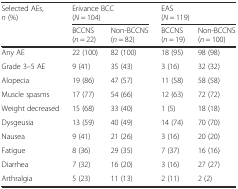
| <ROWSPAN=2> Selected AEs, n (%) | <COLSPAN=2> Erivance BCC(N = 104) | <COLSPAN=2> EAS(N = 119) |
 | BCCNS(n = 22) | Non-BCCNS(n = 82) | BCCNS(n = 19) | Non-BCCNS(n = 100) |
 | --- | --- | --- | --- | --- |
 | Any AE | 22 (100) | 82 (100) | 18 (95) | 98 (98) |
 | Grade 3–5 AE | 9 (41) | 35 (43) | 3 (16) | 32 (32) |
 | Alopecia | 19 (86) | 47 (57) | 11 (58) | 58 (58) |
 | Muscle spasms | 17 (77) | 54 (66) | 12 (63) | 72 (72) |
 | Weight decreased | 15 (68) | 33 (40) | 1 (5) | 18 (18) |
 | Dysgeusia | 13 (59) | 40 (49) | 14 (74) | 70 (70) |
 | Nausea | 9 (41) | 21 (26) | 3 (16) | 20 (20) |
 | Fatigue | 8 (36) | 29 (35) | 7 (37) | 16 (16) |
 | Diarrhea | 7 (32) | 16 (20) | 3 (16) | 27 (27) |
 | Arthralgia | 5 (23) | 11 (13) | 2 (11) | 2 (2) |